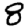
Digit: 8